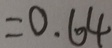
= 0 . 6 4